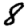
Digit: 8